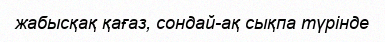
жабысқақ қағаз, сондай-ақ сықпа түрінде